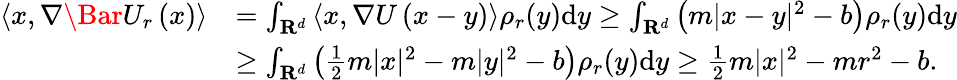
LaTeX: \begin{array}{rl}{\left\langle x,\nabla\Bar{U}_{r}\left(x\right)\right\rangle}&{=\int_{\mathbf{R}^{d}}\left\langle x,\nabla U\left(x-y\right)\right\rangle\rho_{r}(y)\mathrm{d}y\ge\int_{\mathbf{R}^{d}}\left(m|x-y|^{2}-b\right)\rho_{r}(y)\mathrm{d}y}\\ &{\ge\int_{\mathbf{R}^{d}}\left(\frac{1}{2}m|x|^{2}-m|y|^{2}-b\right)\rho_{r}(y)\mathrm{d}y\ge\frac{1}{2}m|x|^{2}-mr^{2}-b.}\end{array}